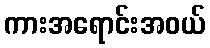
ကားအရောင်းအဝယ်